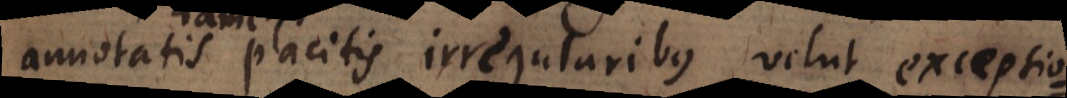
annotatis placitis irregularibus, velut exceptio